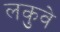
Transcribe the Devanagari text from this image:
लकुवे